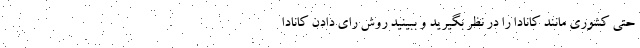
حتي كشوري مانند كانادا را در نظر بگيريد و ببينيد روش راي دادن كانادا